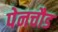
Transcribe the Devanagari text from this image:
पेनचौड